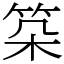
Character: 𥬲